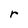
Character: r